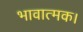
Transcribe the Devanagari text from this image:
भावात्मक।